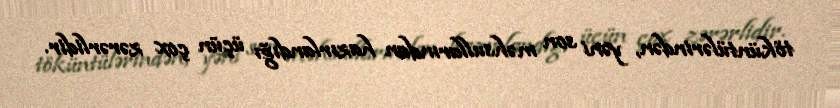
töküntülərindən, yəni son məhsullarından hazırlandığı üçün çox zərərlidir.